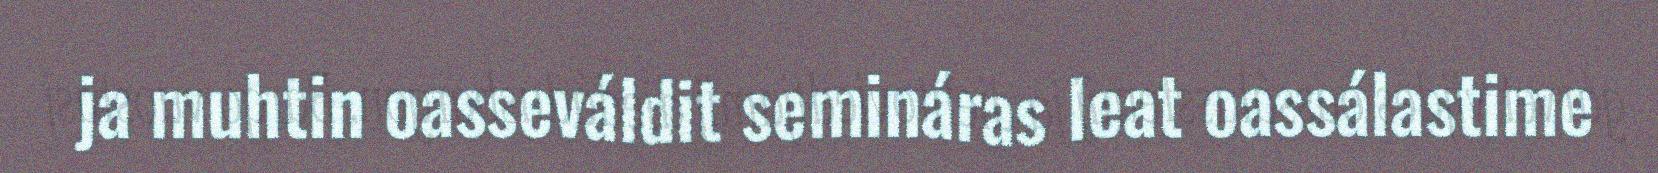
ja muhtin oasseváldit semináras leat oassálastime